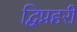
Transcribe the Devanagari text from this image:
द्विप्रहरी